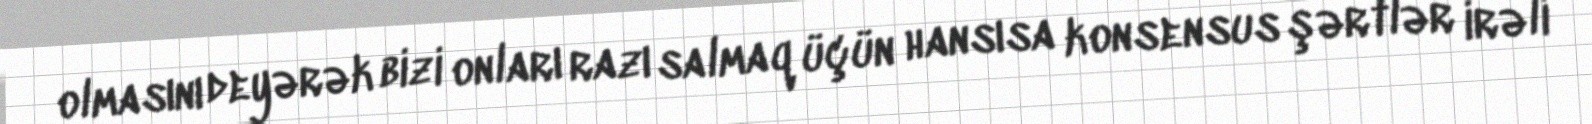
olmasını deyərək bizi onları razı salmaq üçün hansısa konsensus şərtlər irəli